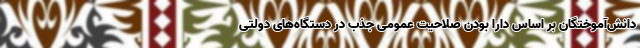
دانش‌آموختگان بر اساس دارا بودن صلاحیت عمومی جذب در دستگاه‌های دولتی